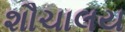
શૌચાલય